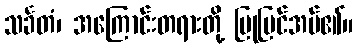
သင်္ခတံ၊ အကြောင်းတရားတို့ ပြုပြင်အပ်၏။